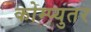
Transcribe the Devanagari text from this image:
कोम्प्युतर